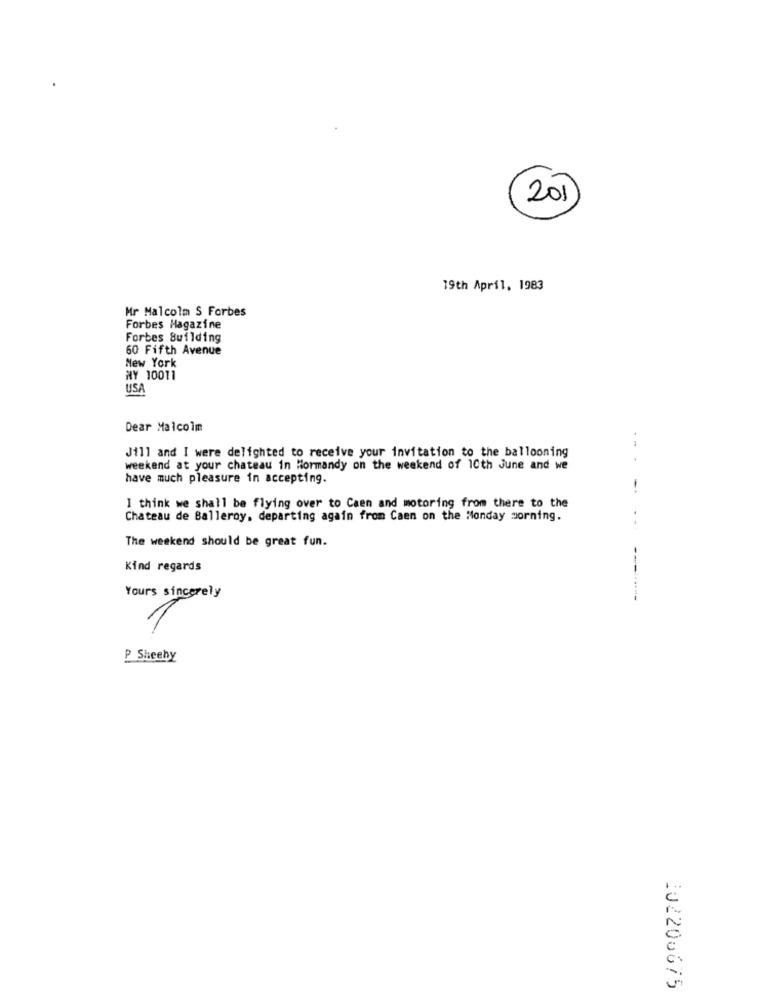
201
19th April, 1983
Mr Malcolm S Forbes
Forbes Magazine
Forbes Building
60 Fifth Avenue
New York
NY 10011
USA
Dear Malcolm
Jill and I were delighted to receive your invitation to the ballooning
weekend at your chateau in Normandy on the weekend of 10th June and we
have much pleasure in accepting.
I think we shall be flying over to Caen and motoring from there to the
Chateau de Balleroy, departing again from Caen on the Monday morning.
The weekend should be great fun.
Kind regards
Yours sincerely
P Sheeby
202200675